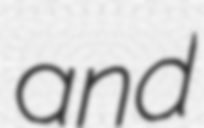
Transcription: and